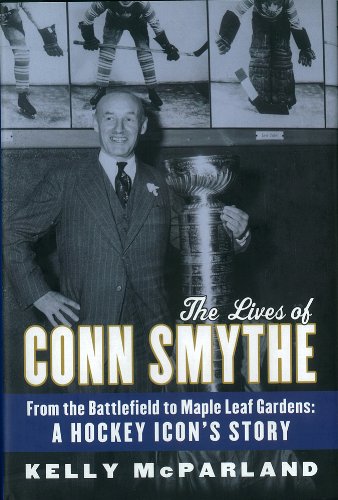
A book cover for The Lives of Conn Smythe: From the Battlefield to Maple Leaf Gardens: A Hockey Icon's Story; Kelly McParland; Biographies & Memoirs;